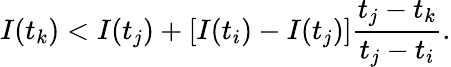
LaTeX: I(t_{k})<I(t_{j})+\left[I(t_{i})-I(t_{j})\right]\frac{t_{j}-t_{k}}{t_{j}-t_{i}}.